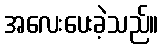
အလေးပေးခဲ့သည်။